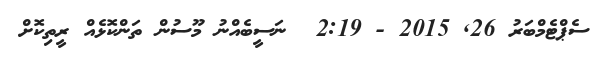
ސެޕްޓެމްބަރު 26